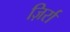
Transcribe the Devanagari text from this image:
ज़िर्रा